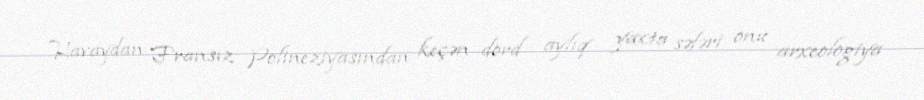
Havaydan Fransız Polineziyasından keçən dörd aylıq yaxta səfəri onu arxeologiya